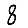
Digit: 8